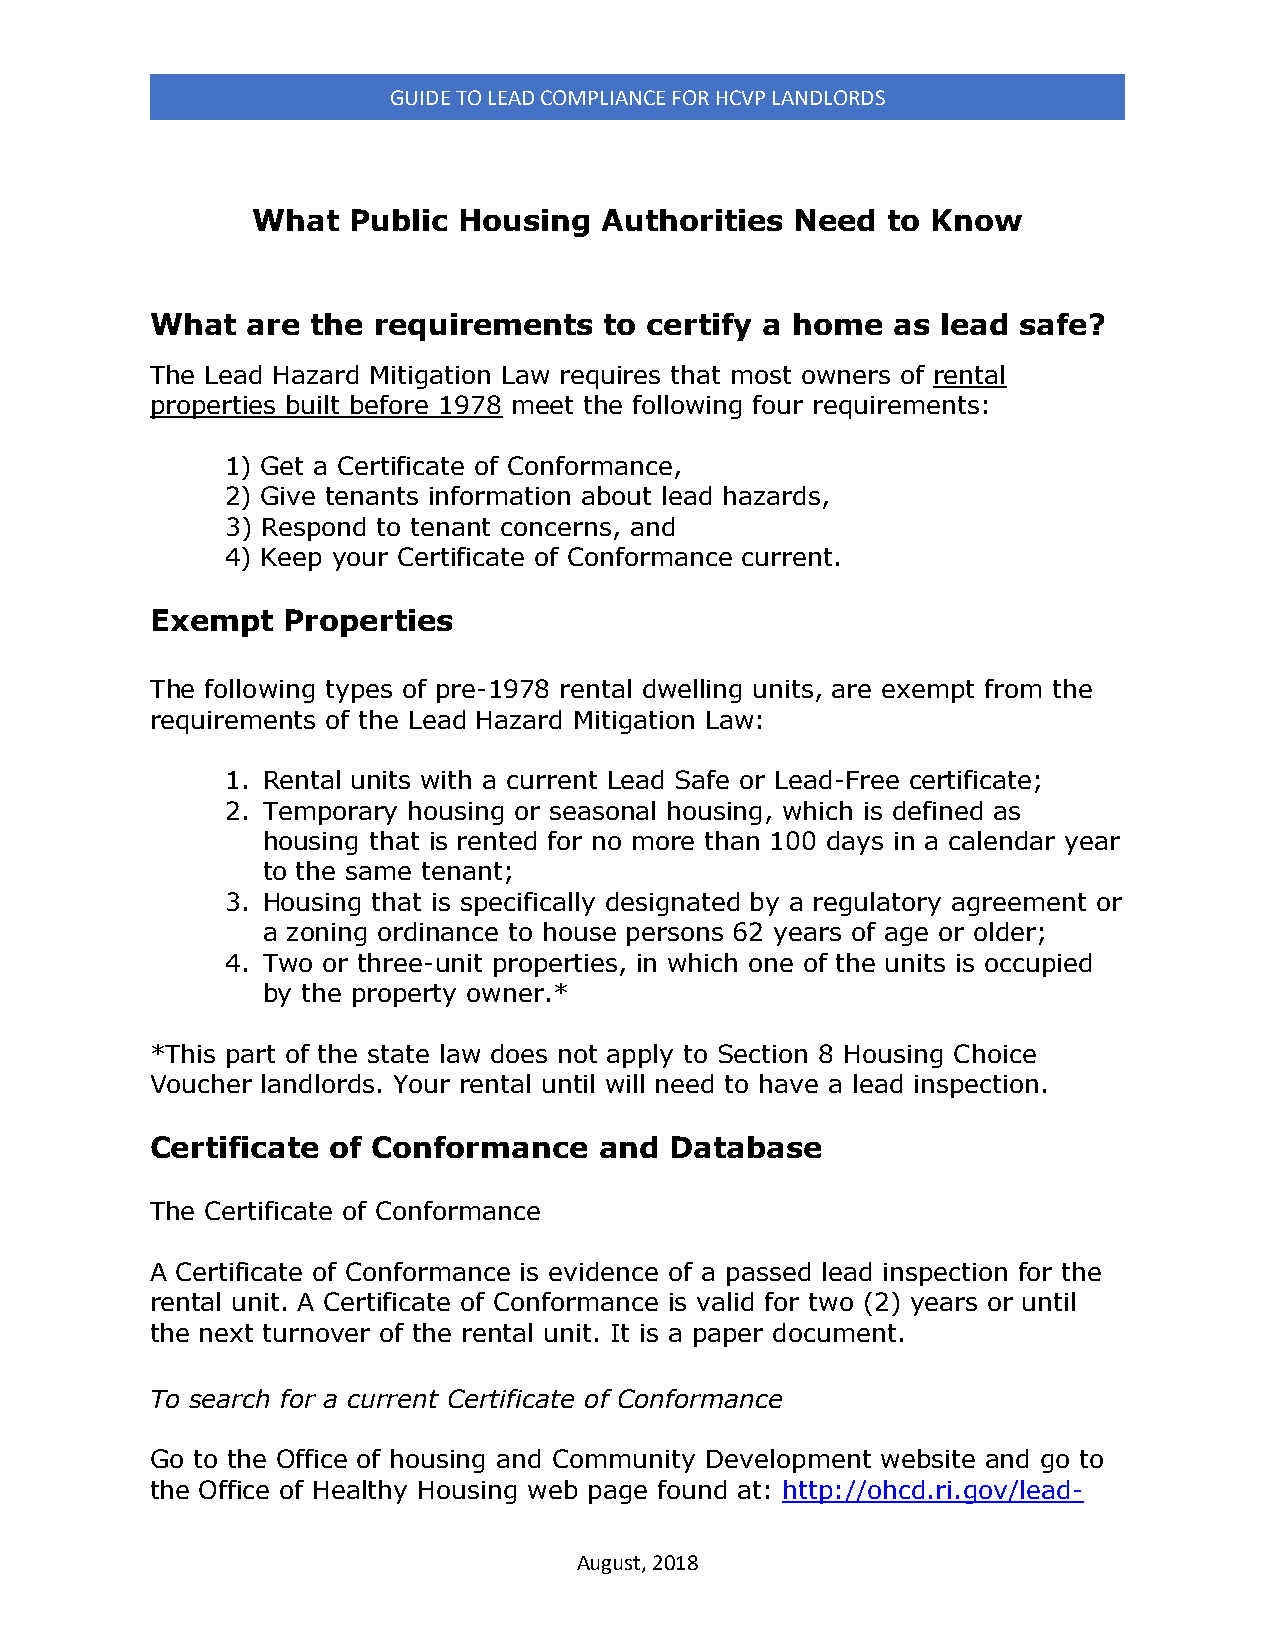
GUIDE TO LEAD COMPLIANCE FOR HCVP LANDLORDS
 What  Public Housing   Authorities  Need  to Know
 What  are  the requirements   to certify a home  as lead safe?
 The Lead Hazard Mitigation Law requires that most owners of rental
 properties built before 1978 meet the following four requirements:
 1) Get a Certificate of Conformance,
 2) Give tenants information about lead hazards,
 3) Respond to tenant concerns, and
 4) Keep your Certificate of Conformance current.
 Exempt   Properties
 The following types of pre-1978 rental dwelling units, are exempt from the
 requirements of the Lead Hazard Mitigation Law:
 1. Rental units with a current Lead Safe or Lead-Free certificate;
 2. Temporary housing or seasonal housing, which is defined as
 housing that is rented for no more than 100 days in a calendar year
 to the same tenant;
 3. Housing that is specifically designated by a regulatory agreement or
 a zoning ordinance to house persons 62 years of age or older;
 4. Two or three-unit properties, in which one of the units is occupied
 by the property owner.*
 *This part of the state law does not apply to Section 8 Housing Choice
 Voucher landlords. Your rental until will need to have a lead inspection.
 Certificate of Conformance    and Database
 The Certificate of Conformance
 A Certificate of Conformance is evidence of a passed lead inspection for the
 rental unit. A Certificate of Conformance is valid for two (2) years or until
 the next turnover of the rental unit. It is a paper document.
 To search for a current Certificate of Conformance
 Go to the Office of housing and Community Development website and go to
 the Office of Healthy Housing web page found at: http://ohcd.ri.gov/lead-
 August, 2018